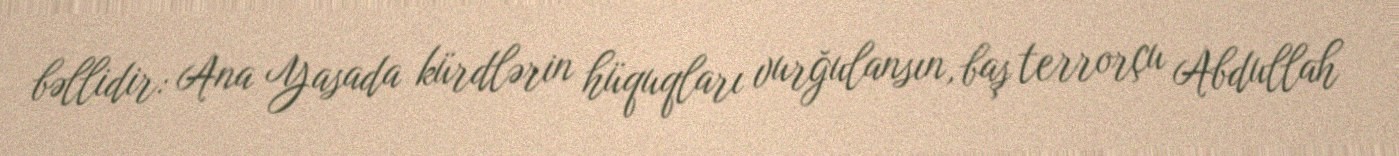
bəllidir: Ana Yasada kürdlərin hüquqları vurğulansın, baş terrorçu Abdullah